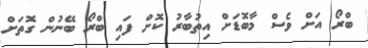
ބްރޯ އަށް ވެސް މާބޮޑަށް އިތުބާރު ކޮށް ފައި ބްރޯ ބޭނުން ގޮތަށް